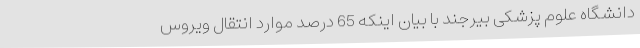
دانشگاه علوم پزشکی بیرجند با بیان اینکه 65 درصد موارد انتقال ویروس